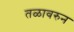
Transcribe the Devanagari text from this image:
तळावरुन